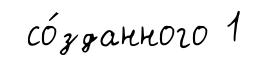
со́зданного 1